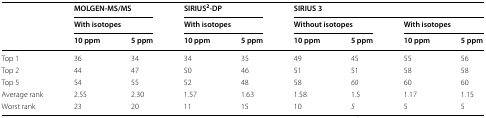
<table><thead><tr><td rowspan="3"></td><td colspan="2"><b>MOLGEN-MS/MS</b></td><td colspan="2"><b>SIRIUS<sup>2</sup>-DP</b></td><td colspan="4"><b>SIRIUS 3</b></td></tr><tr><td colspan="2"><b>With isotopes</b></td><td colspan="2"><b>With isotopes</b></td><td colspan="2"><b>Without isotopes</b></td><td colspan="2"><b>With isotopes</b></td></tr><tr><td><b>10 ppm</b></td><td><b>5 ppm</b></td><td><b>10 ppm</b></td><td><b>5 ppm</b></td><td><b>10 ppm</b></td><td><b>5 ppm</b></td><td><b>10 ppm</b></td><td><b>5 ppm</b></td></tr></thead><tbody><tr><td>Top 1</td><td>36</td><td>34</td><td>34</td><td>35</td><td>49</td><td>45</td><td>55</td><td>56</td></tr><tr><td>Top 2</td><td>44</td><td>47</td><td>50</td><td>46</td><td>51</td><td>51</td><td>58</td><td>58</td></tr><tr><td>Top 5</td><td>54</td><td>55</td><td>52</td><td>48</td><td>58</td><td><i>60</i></td><td>60</td><td>60</td></tr><tr><td>Average rank</td><td>2.55</td><td>2.30</td><td>1.57</td><td>1.63</td><td>1.58</td><td>1.5</td><td>1.17</td><td>1.15</td></tr><tr><td>Worst rank</td><td>23</td><td>20</td><td>11</td><td>15</td><td>10</td><td><i>5</i></td><td>5</td><td>5</td></tr></tbody></table>